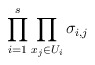
\begin{align*} \prod_{i=1}^s \prod_{x_j \in U_i} \sigma_{i,j}\end{align*}